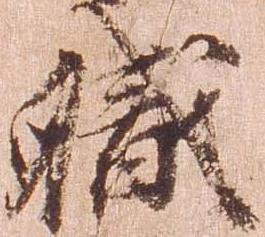
職